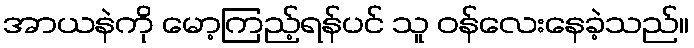
အာယနဲကို မော့ကြည့်ရန်ပင် သူ ဝန်လေးနေခဲ့သည်။